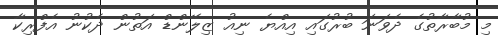
މިި މުބާރާތުގެ ދެވަނަ ބުރުގައި އިއްޔެ ނިއު ޒިލޭންޑް އަތުން ދެކުނު އެފްރިކާ